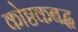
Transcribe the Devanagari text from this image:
कोष्ठकबद्ध